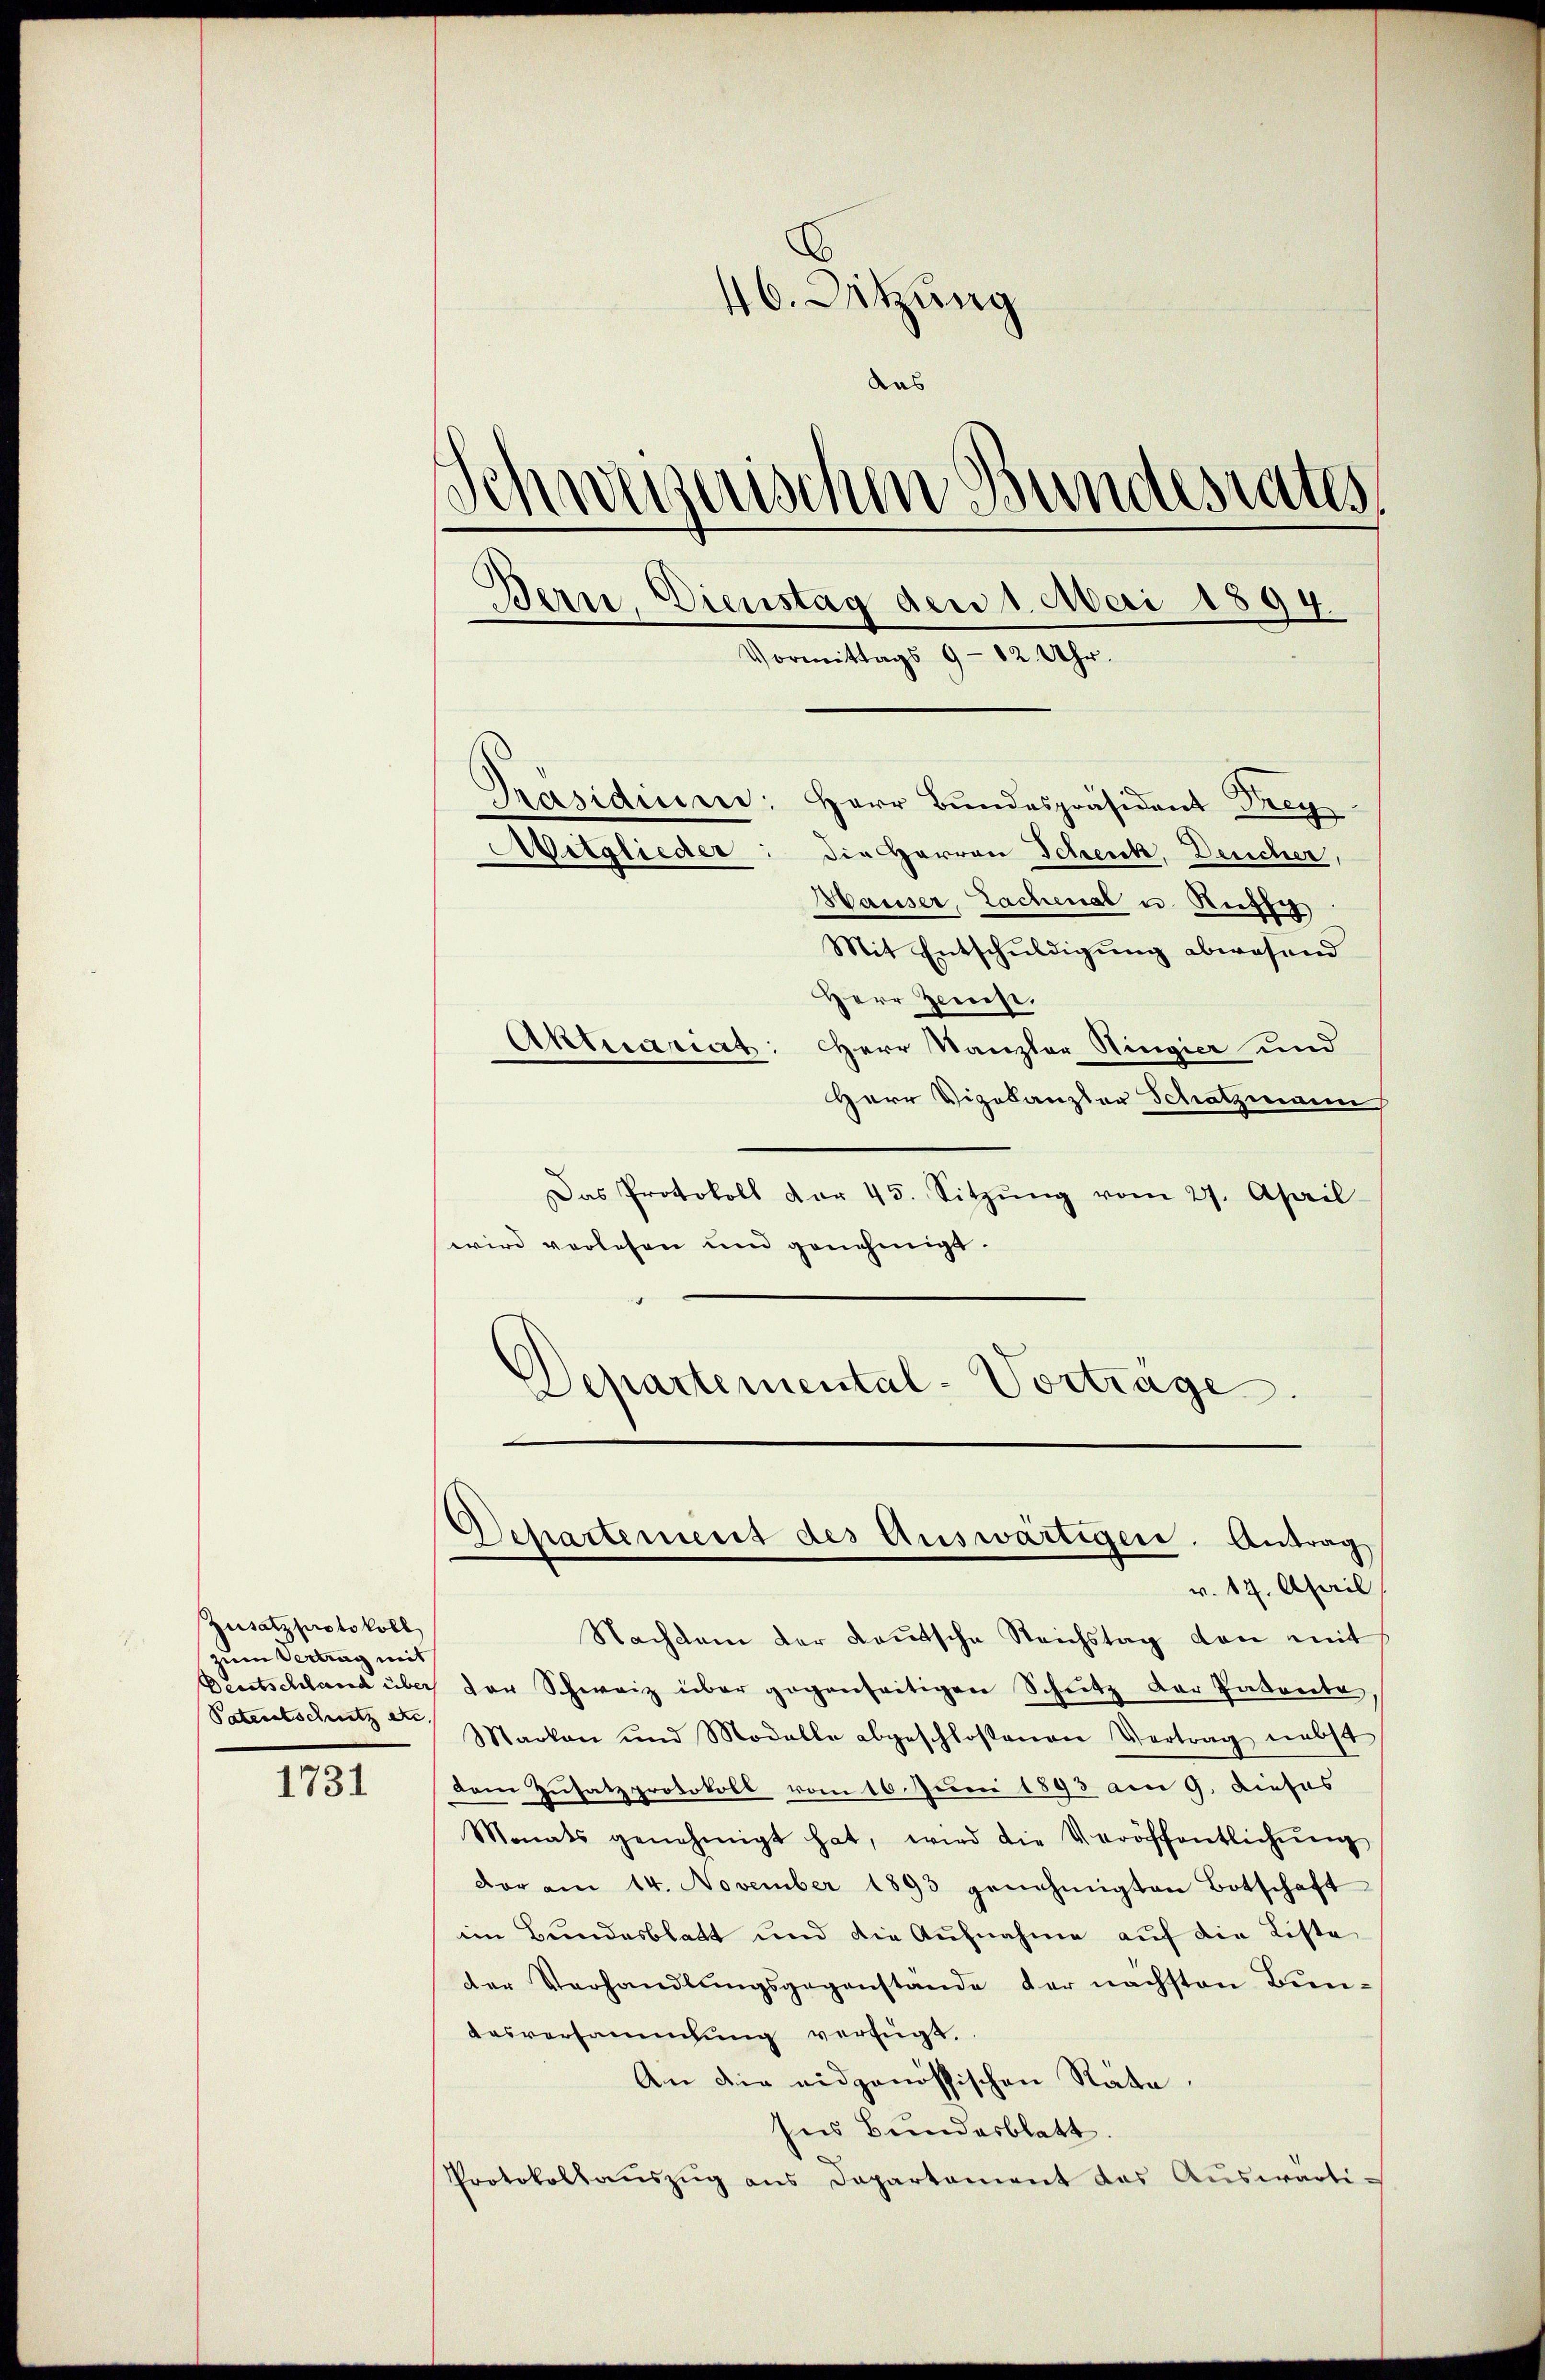
Zusatzprotokoll
zum Vertrag mit
Patentschutz e

1731

46. Sitzung
das
Schweizeris
in Bundesrates
Jern. Dienstag den 1. Mai 1894.
Vormittags 9 - 12 Uhr.
Präsidium: Herr Bundespräsident Frey
Mitglieder
die Herren Schenk, Deucher,
Hauser, Lachenal u. Ruth

Mit Entschuldigung abwesend
Herr Zinse.
Aktuariat: Herr Kanzler Ringierund
Herr Vizekanzler Schatzmann
Das Protokoll der 45. Sitzŭng vom 27. April
wird verlesen und genehmigt.
Departemental-Vortrage.

Departement des Auswärtigen. Antrag
v. 17. April

Nachdem der Lautsche Reichstag von mit
Deutschland über der Schweiz über gegenseitigen Schutz der Patente,
Marken und Modelle abgeschloßenen Vertrag nebst
dem Zusatzprotokoll vom 16. Juni 1893 am 9. Dieses
Monats genehmigt hat, wird die Veröffentlichŭng
vor am 14. November 1893 genehmigten Botschaft
im Bundesblatt und die Aufnahme auf die Liste
der Verhandlungsgegenstände der nächsten Bun¬
Ausversammlung verfügt.
An die eidgenössischen Räte.
Ins Bundesblatt.
Protokollaŭszŭg ans Departement das Aŭswärti¬